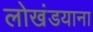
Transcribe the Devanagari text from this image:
लोखंडयाना